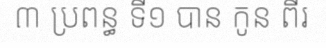
៣ ប្រពន្ធ ទី១ បាន កូន ពីរ